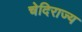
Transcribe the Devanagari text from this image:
चेदिराज्य